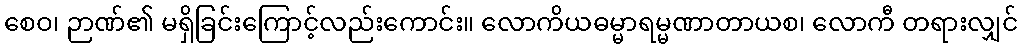
စေဝ၊ ဉာဏ်၏ မရှိခြင်းကြောင့်လည်းကောင်း။ လောကိယဓမ္မာရမ္မဏာတာယစ၊ လောကီ တရားလျှင်